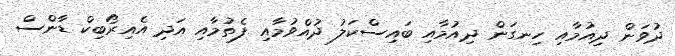
ދުވަން ދިއުމާއި ހިނގަން ދިއުމާއި ބައިސްކަލު ދުއްވުމާއި ފެތުމާއި އަދި އެއިރޯބިކް ޑާންސް